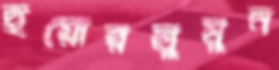
ইয়োরলুমুন